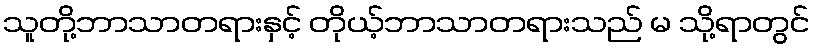
သူတို့ဘာသာတရားနှင့် တိုယ့်ဘာသာတရားသည် မ သို့ရာတွင်